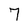
Character: 7